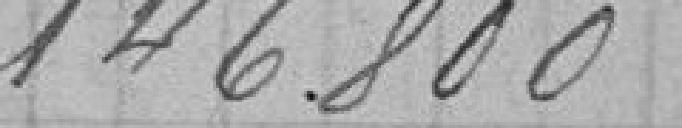
146800